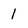
Character: 1